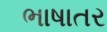
ભાષાતર